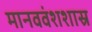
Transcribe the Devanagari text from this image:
मानववंशशास्र